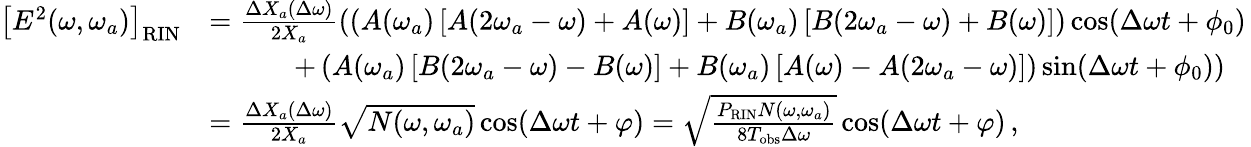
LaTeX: \begin{array}{rl}{\left[E^{2}(\omega,\omega_{a})\right]_{\mathrm{RIN}}}&{=\frac{\Delta X_{a}(\Delta\omega)}{2X_{a}}\left(\left(A(\omega_{a})\left[A(2\omega_{a}-\omega)+A(\omega)\right]+B(\omega_{a})\left[B(2\omega_{a}-\omega)+B(\omega)\right]\right)\cos(\Delta\omega t+\phi_{0})\, \right.}\\ &{\left.\qquad\quad+\left(A(\omega_{a})\left[B(2\omega_{a}-\omega)-B(\omega)\right]+B(\omega_{a})\left[A(\omega)-A(2\omega_{a}-\omega)\right]\right)\sin(\Delta\omega t+\phi_{0})\right)}\\ &{=\frac{\Delta X_{a}(\Delta\omega)}{2X_{a}}\sqrt{N(\omega,\omega_{a})}\cos(\Delta\omega t+\varphi)=\sqrt{\frac{P_{\mathrm{RIN}}N(\omega,\omega_{a})}{8T_{\mathrm{obs}}\Delta\omega}}\cos(\Delta\omega t+\varphi)\, ,}\end{array}